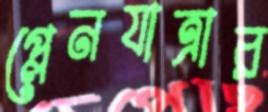
প্লেনযাত্রার